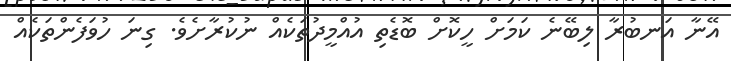
އޭނާ އަނބުރާ ލިބޭނެ ކަމަށް ހީކޮށް ބޮޑެތި އުއްމީދުތަކެއް ނުކުރާށެވެ. ގިނަ ހުވަފެންތަކެއް